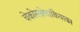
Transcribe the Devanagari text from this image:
चेकोस्लोवाकियाका